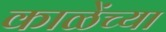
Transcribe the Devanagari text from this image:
काळेंच्या